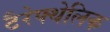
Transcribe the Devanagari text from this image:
टैरेफ्थेलिक